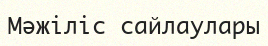
Мәжіліс сайлаулары